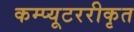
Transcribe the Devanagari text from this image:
कम्प्यूटररीकृत